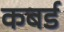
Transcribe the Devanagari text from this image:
कबर्ड